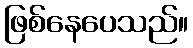
ဖြစ်နေပေသည်။